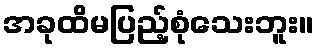
အခုထိမပြည့်စုံသေးဘူး။